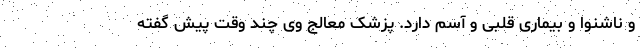
و ناشنوا و بیماری قلبی و آسم دارد. پزشک معالج وی چند وقت پیش گفته